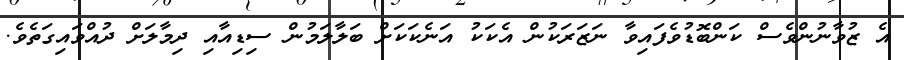
އެ ޒުވާނުންވެސް ކަންބޮޑުވެފައިވާ ނަޒަރަކުން އެކަކު އަނެކަކަށް ބަލާލަމުން ސިޑިއާއި ދިމާލަށް ދުއްވައިގަތެވެ.